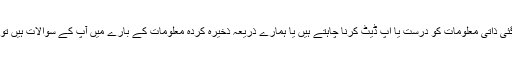
اگر آپ اپنے بارے میں ہمیں بھیجی گئی ذاتی معلومات کو درست یا اپ ڈیٹ کرنا چاہتے ہیں یا ہمارے ذریعہ ذخیرہ کردہ معلومات کے بارے میں آپ کے سوالات ہیں تو مہربانی کرکے ہم سے رابطہ کریں۔